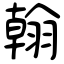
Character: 翰